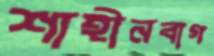
শাহীনবাগ